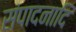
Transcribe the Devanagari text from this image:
संपादनादि